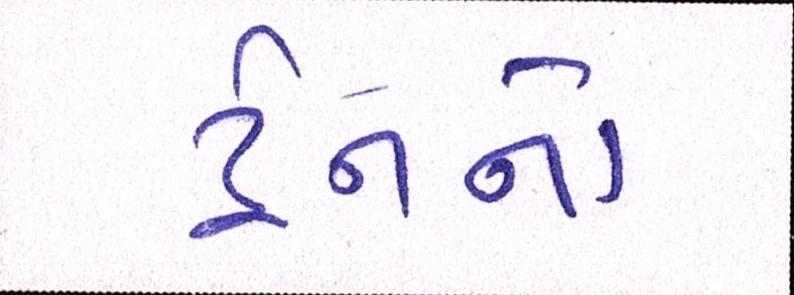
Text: ટ્રેનનો